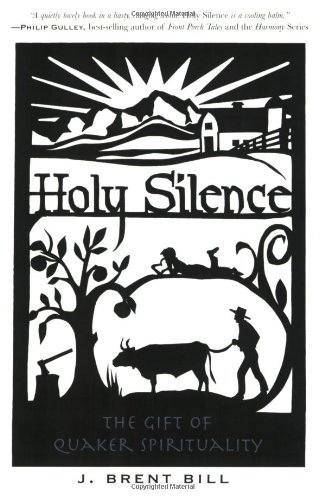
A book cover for Holy Silence: The Gift of Quaker Spirituality; J. Brent Bill; Christian Books & Bibles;